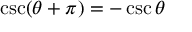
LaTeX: \csc ( \theta + \pi ) = - \csc \theta